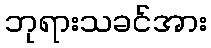
ဘုရားသခင်အား